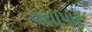
વયાપાર